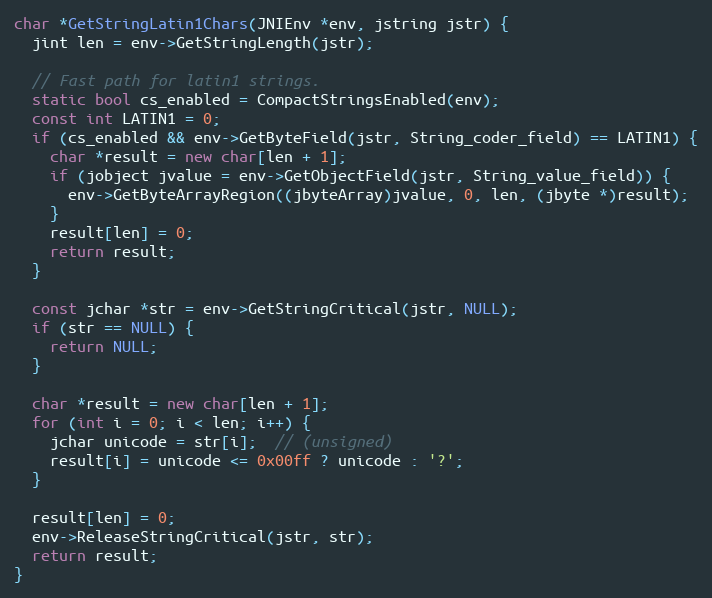
Language: C++
char *GetStringLatin1Chars(JNIEnv *env, jstring jstr) {
  jint len = env->GetStringLength(jstr);

  // Fast path for latin1 strings.
  static bool cs_enabled = CompactStringsEnabled(env);
  const int LATIN1 = 0;
  if (cs_enabled && env->GetByteField(jstr, String_coder_field) == LATIN1) {
    char *result = new char[len + 1];
    if (jobject jvalue = env->GetObjectField(jstr, String_value_field)) {
      env->GetByteArrayRegion((jbyteArray)jvalue, 0, len, (jbyte *)result);
    }
    result[len] = 0;
    return result;
  }

  const jchar *str = env->GetStringCritical(jstr, NULL);
  if (str == NULL) {
    return NULL;
  }

  char *result = new char[len + 1];
  for (int i = 0; i < len; i++) {
    jchar unicode = str[i];  // (unsigned)
    result[i] = unicode <= 0x00ff ? unicode : '?';
  }

  result[len] = 0;
  env->ReleaseStringCritical(jstr, str);
  return result;
}